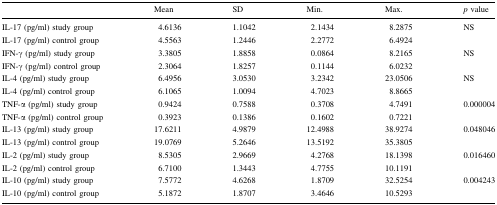
<table><thead><tr><td></td><td><b>Mean</b></td><td><b>SD</b></td><td><b>Min.</b></td><td><b>Max.</b></td><td><b><i>p</i> value</b></td></tr></thead><tbody><tr><td>IL-17 (pg/ml) study group</td><td>4.6136</td><td>1.1042</td><td>2.1434</td><td>8.2875</td><td rowspan="2">NS</td></tr><tr><td>IL-17 (pg/ml) control group</td><td>4.5563</td><td>1.2446</td><td>2.2772</td><td>6.4924</td></tr><tr><td>IFN-γ (pg/ml) study group</td><td>3.3805</td><td>1.8858</td><td>0.0864</td><td>8.2165</td><td rowspan="2">NS</td></tr><tr><td>IFN-γ (pg/ml) control group</td><td>2.3064</td><td>1.8257</td><td>0.1144</td><td>6.0232</td></tr><tr><td>IL-4 (pg/ml) study group</td><td>6.4956</td><td>3.0530</td><td>3.2342</td><td>23.0506</td><td rowspan="2">NS</td></tr><tr><td>IL-4 (pg/ml) control group</td><td>6.1065</td><td>1.0094</td><td>4.7023</td><td>8.8665</td></tr><tr><td>TNF-α (pg/ml) study group</td><td>0.9424</td><td>0.7588</td><td>0.3708</td><td>4.7491</td><td rowspan="2">0.000004</td></tr><tr><td>TNF-α (pg/ml) control group</td><td>0.3923</td><td>0.1386</td><td>0.1602</td><td>0.7221</td></tr><tr><td>IL-13 (pg/ml) study group</td><td>17.6211</td><td>4.9879</td><td>12.4988</td><td>38.9274</td><td rowspan="2">0.048046</td></tr><tr><td>IL-13 (pg/ml) control group</td><td>19.0769</td><td>5.2646</td><td>13.5192</td><td>35.3805</td></tr><tr><td>IL-2 (pg/ml) study group</td><td>8.5305</td><td>2.9669</td><td>4.2768</td><td>18.1398</td><td rowspan="2">0.016460</td></tr><tr><td>IL-2 (pg/ml) control group</td><td>6.7100</td><td>1.3443</td><td>4.7755</td><td>10.1191</td></tr><tr><td>IL-10 (pg/ml) study group</td><td>7.5772</td><td>4.6268</td><td>1.8709</td><td>32.5254</td><td rowspan="2">0.004243</td></tr><tr><td>IL-10 (pg/ml) control group</td><td>5.1872</td><td>1.8707</td><td>3.4646</td><td>10.5293</td></tr></tbody></table>